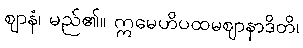
ဈာနံ၊ မည်၏။ ဣမေဟိပထမဈာနာဒိတိ၊